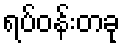
ရပ်ဝန်းတခု